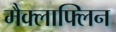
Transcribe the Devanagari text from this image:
मैक्लाफ्लिन